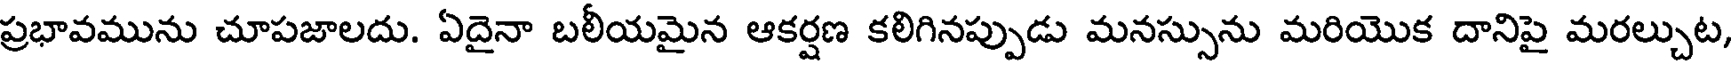
ప్రభావమును చూపజాలదు. ఏదైనా బలీయమైన ఆకర్షణ కలిగినప్పుడు మనస్సును మరియొక దానిపై మరల్చుట